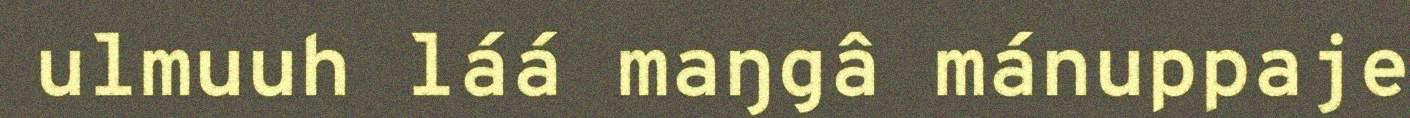
ulmuuh láá maŋgâ mánuppaje